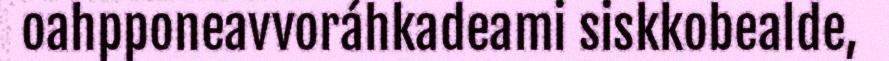
oahpponeavvoráhkadeami siskkobealde,